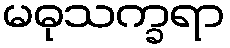
မဓုသက္ခရာ